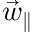
\vec { w } _ { \parallel }